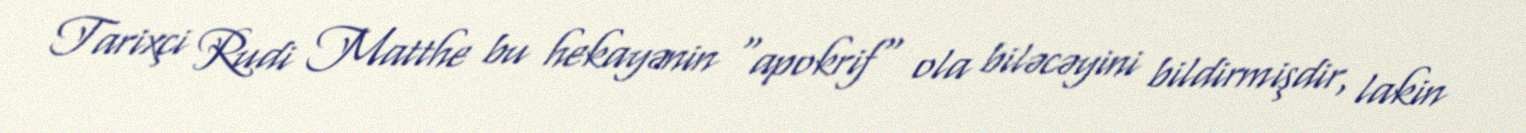
Tarixçi Rudi Matthe bu hekayənin "apokrif" ola biləcəyini bildirmişdir, lakin